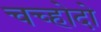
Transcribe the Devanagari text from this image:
चच्होदो